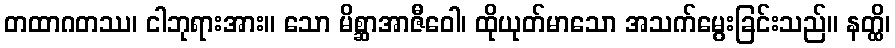
တထာဂတဿ၊ ငါဘုရားအား။ သော မိစ္ဆာအာဇီဝေါ၊ ထိုယုတ်မာသော အသက်မွေးခြင်းသည်။ နတ္ထိ၊